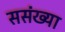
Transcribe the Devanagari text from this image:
ससंख्या